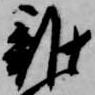
雑